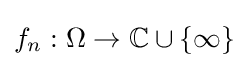
f_{n}:\Omega \to \mathbb {C} \cup \{\infty \}